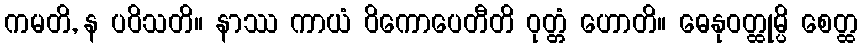
ကမတိ, န ပဝိသတိ။ နာဿ ကာယံ ဝိကောပေတီတိ ဝုတ္တံ ဟောတိ။ ဓေနုဝတ္ထုမ္ပိ စေတ္ထ